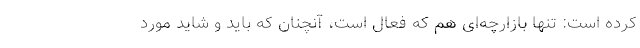
کرده است: تنها بازارچه‌ای هم که فعال است، آنچنان که باید و شاید مورد